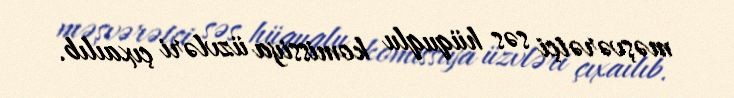
məşvərətçi səs hüquqlu komissiya üzvləri çıxaılıb.